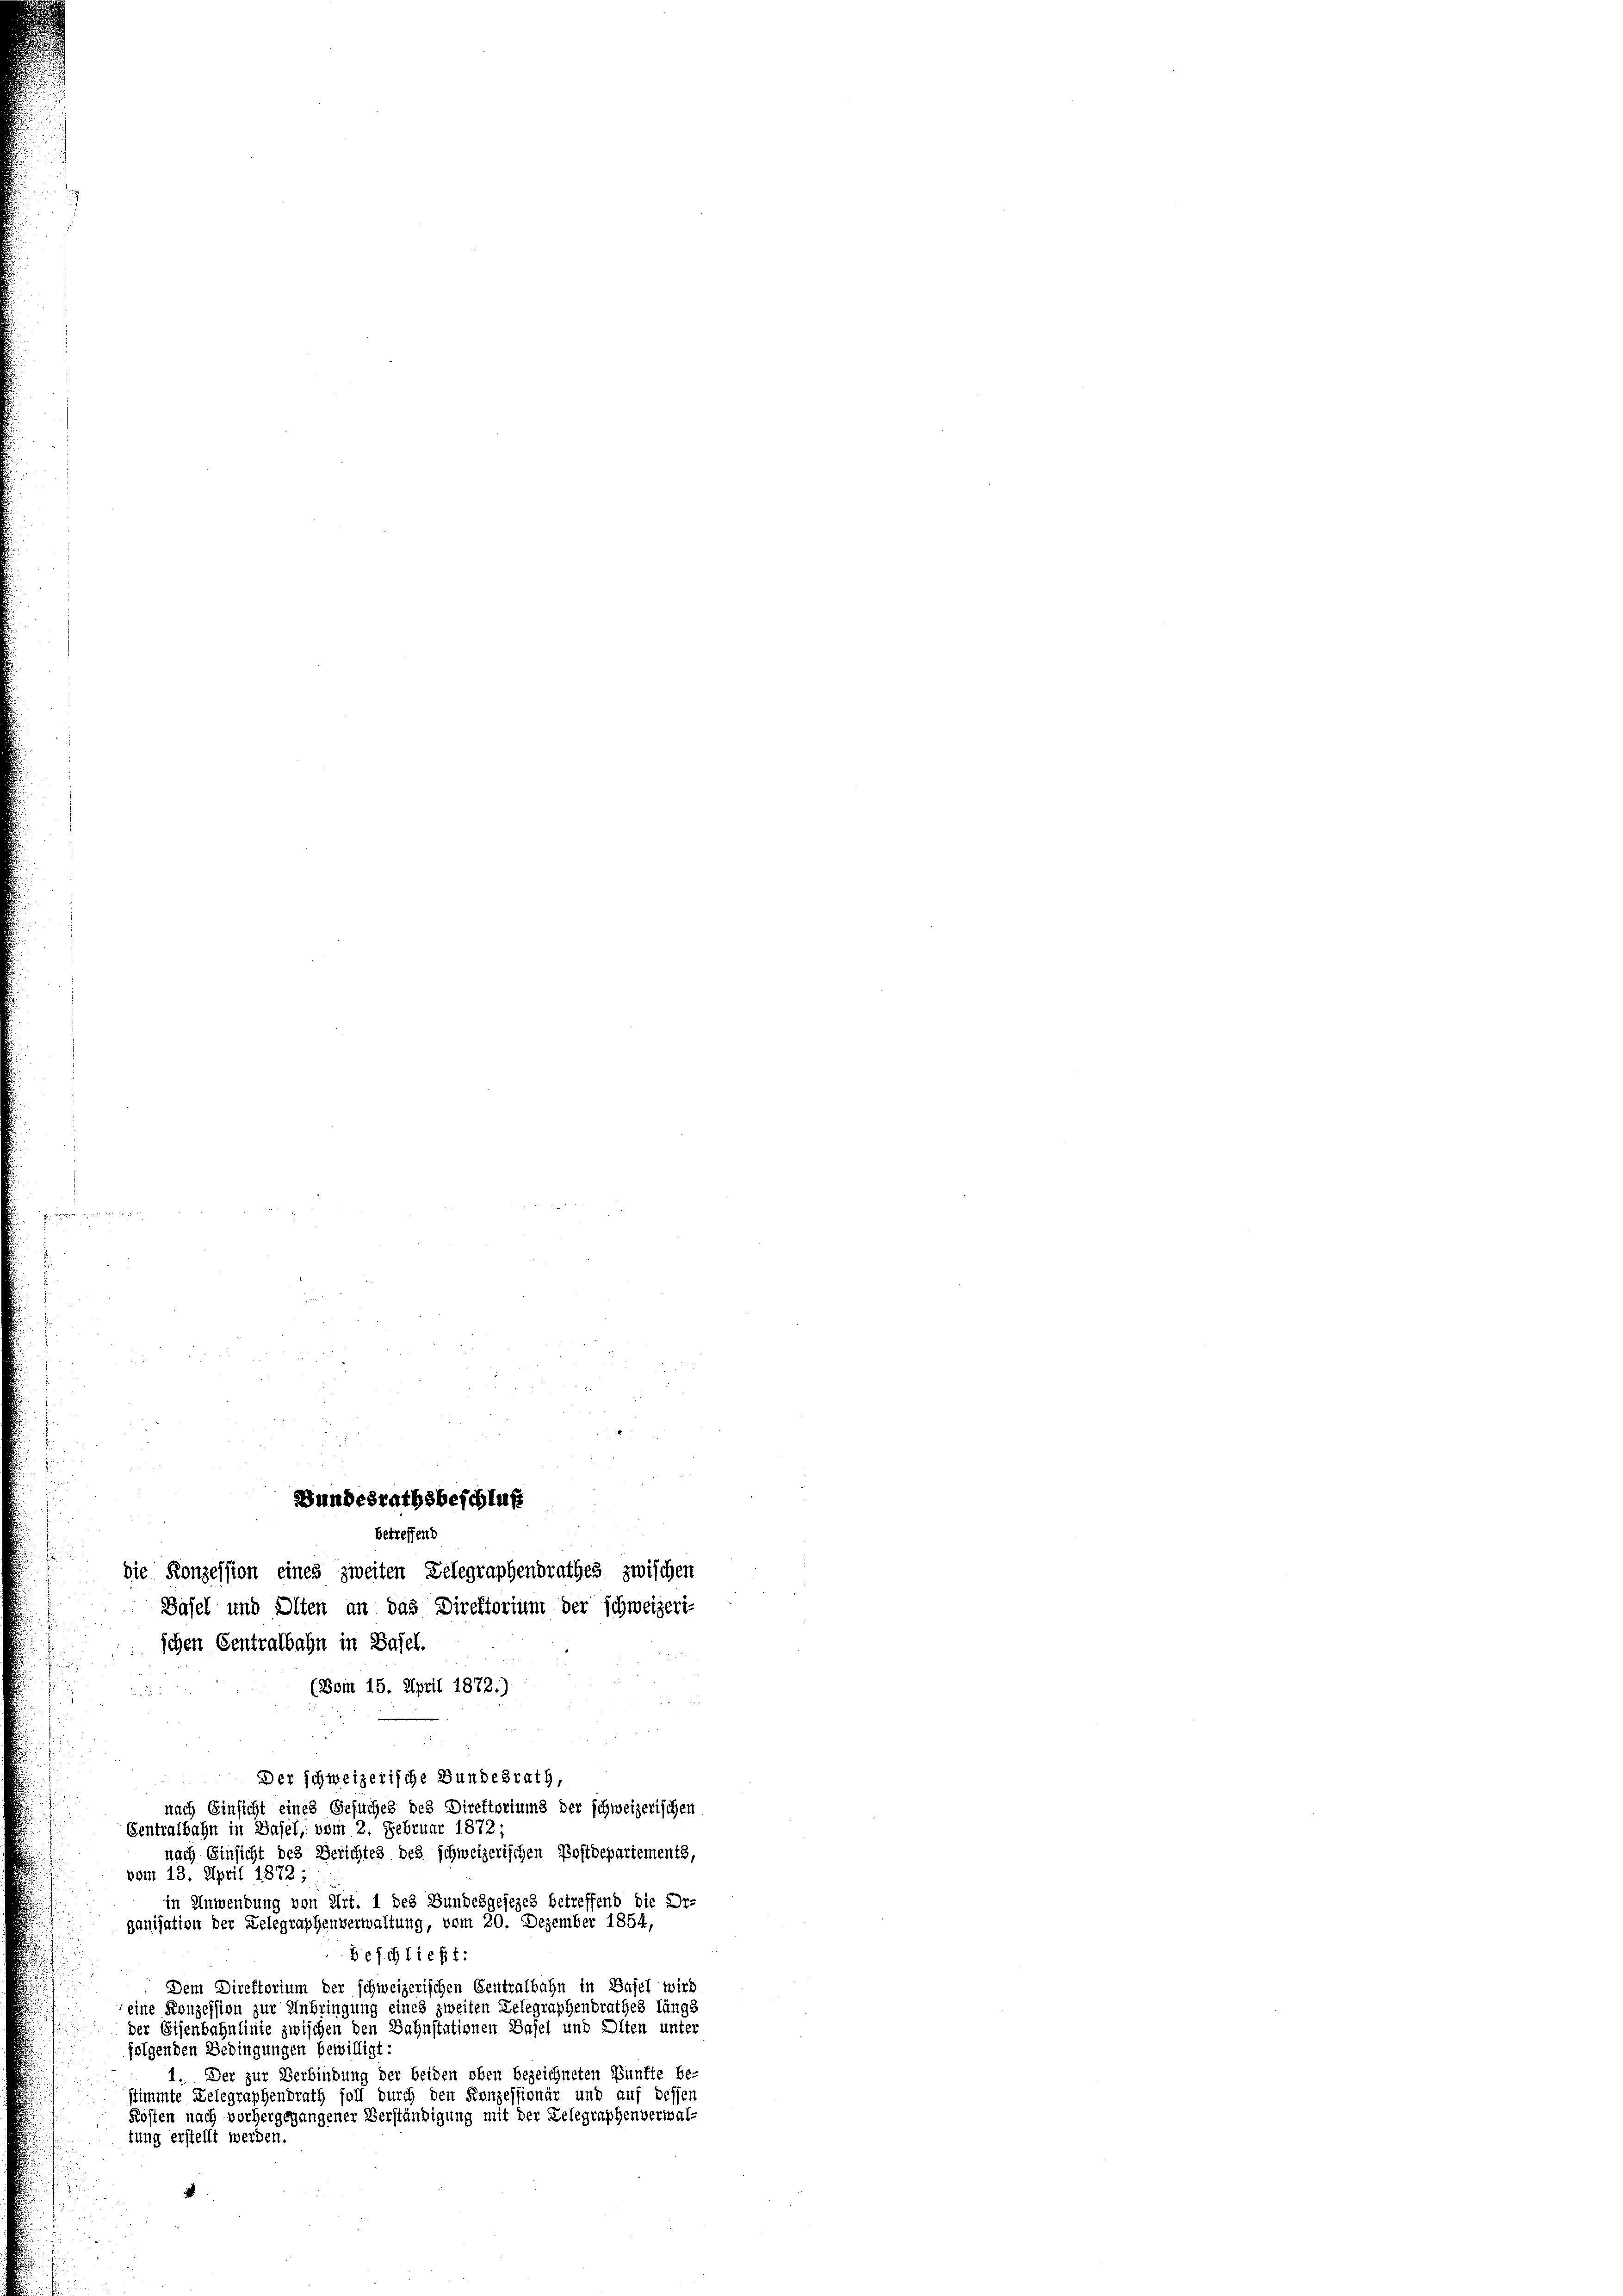
(Bom 15. April 1872.)
nach Einsicht des Berichtes des schweizerischen Postdepartements,
vom 13. April 1872:
in Anwendung von Art. 1 des Bundesgesezes betreffend die Dr-
ganisation der Delegraphenverwaltung, vom 20. Dezember 1854,
beschließt:
Dem Direktorium der schweizerischen Centralbahn in Basel wird
eine Konzession zur Anbringung eines zweiten Telegraphendrathes längs
der Eisenbahnlinie zwischen den Bahnstationen Basel und Diten unter
folgenden Bedingungen bewilligt:
1. Der zur Verbindung der beiden oben bezeichneten Bünfte be-
stimmte Delegraphendrath soll durch den Konzessionär und auf dessen
Kosten nach vorhergegangener Verständigung mit der Telegraphenverwaltung erstellt werden.

Bundesrathsbeschluß
betreffend
die Konzession eines zweiten Gelegraphendrathes zwischen
Basel und Olten an das Direktorium der schweizeri-
ichen Centralbahn in Basel.

Der schweizerische Bundesrath,
nach Einsicht eines Gesuches des Direktoriums der schweizerischen
Gentralbahn in Basel, vom 2. Februar 1872: